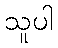
သူပါ